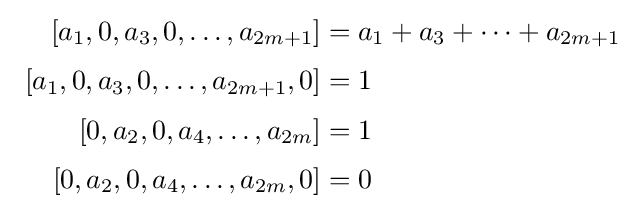
{\begin{aligned}\,\,\quad [a_{1},0,a_{3},0,\ldots ,a_{2m+1}]&=a_{1}+a_{3}+\cdots +a_{2m+1}\\[1mm][a_{1},0,a_{3},0,\ldots ,a_{2m+1},0]&=1\\[1mm][0,a_{2},0,a_{4},\ldots ,a_{2m}]&=1\\[1mm][0,a_{2},0,a_{4},\ldots ,a_{2m},0]&=0\end{aligned}}